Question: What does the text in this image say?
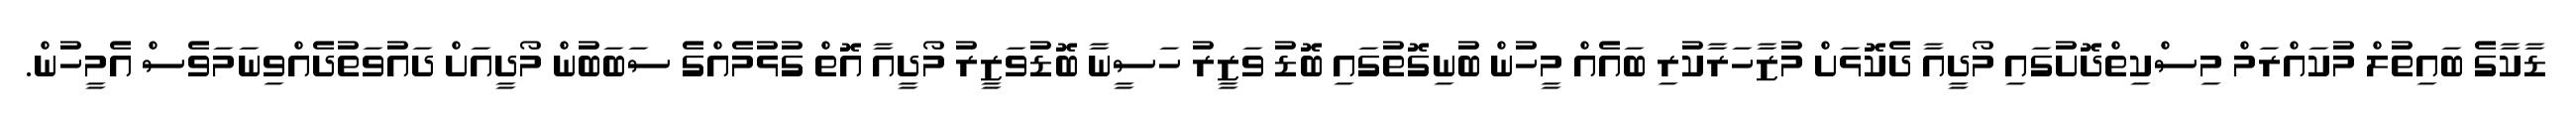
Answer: ޑާކާގެ ބައިތުލް މުކައްރަމް މިސްކިތްދޮށުގައި މޯދީއާ ދެކޮޅަށް މުޒާހަރާކުރި ބައެއް މީހުން ބުނިގޮތުގައި ބޮޑު ވަޒީރު ހަސީނާ ބޮޑުވަޒީރު މޯދީއާ އޮތް ގުޅުމެއްގެ ސަބަބުން މޯދީއަށް ދައުވަތުދެއްވިނަމަވެސް އެމީހުން.